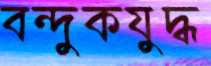
বন্দুকযুদ্ধ